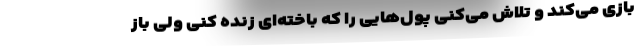
بازی می‌کند و تلاش می‌کنی پول‌هایی را که باخته‌ای زنده کنی ولی باز